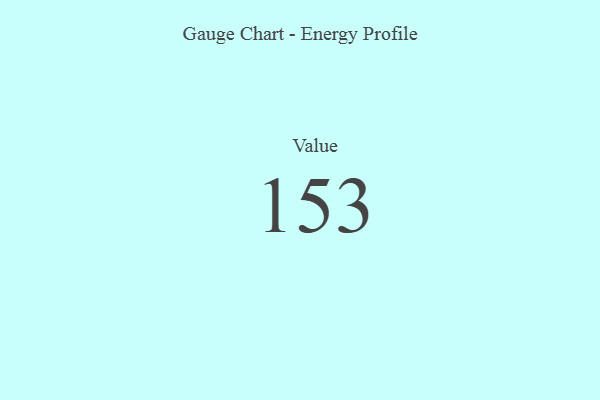
{"axis": {"x": "Metric", "y": "Value"}, "legend": [""], "data": [{"x": "Value", "y": 153, "type": ""}]}